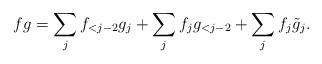
LaTeX: \begin{align*}fg = \sum_{j} f_{<j-2} g_j + \sum_j f_j g_{<j-2} + \sum_j f_j \tilde g_j.\end{align*}